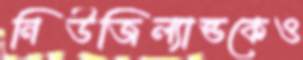
নিউজিল্যান্ডকেও